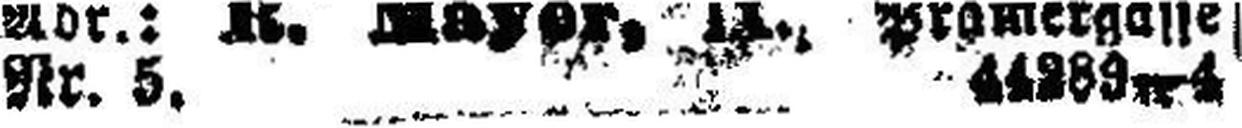
Nr. 5. 44289—4